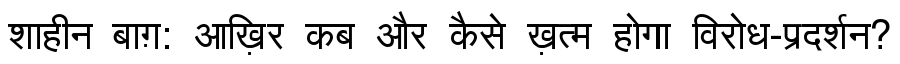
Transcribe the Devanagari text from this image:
शाहीन बाग़: आख़िर कब और कैसे ख़त्म होगा विरोध-प्रदर्शन?